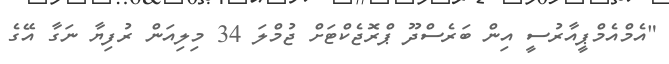
"އެމްއެމްޕީއާރުސީ އިން ބަރެސްދޫ ޕްރޮޖެކްޓަށް ޖުމްލަ 34 މިލިއަން ރުފިޔާ ނަގާ އޭގެ